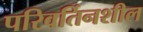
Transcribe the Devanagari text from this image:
परिवर्तिनशील